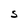
Character: S